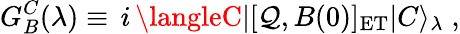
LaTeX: G_{B}^{C}(\lambda)\equiv\, i\, \langleC|[\mathcal{Q},B(0)]_{\mathrm{{ET}}}|C\rangle_{\lambda}\; ,